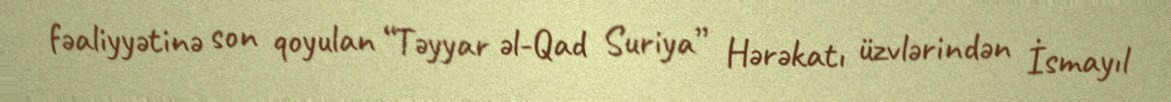
fəaliyyətinə son qoyulan “Təyyar əl-Qad Suriya” Hərəkatı üzvlərindən İsmayıl